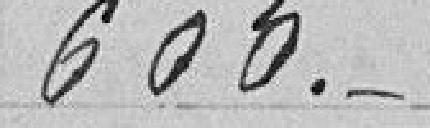
à l'article 10